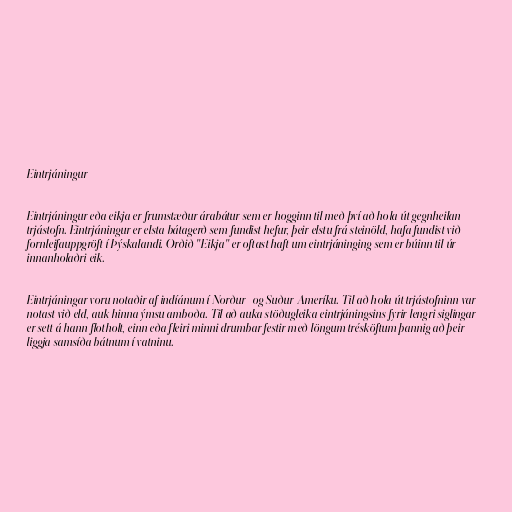
Eintrjáningur

Eintrjáningur eða eikja er frumstæður árabátur sem er hogginn til með því að hola út gegnheilan
trjástofn. Eintrjáningur er elsta bátagerð sem fundist hefur, þeir elstu frá steinöld, hafa fundist við
fornleifauppgröft í Þýskalandi. Orðið "Eikja" er oftast haft um eintrjáninging sem er búinn til úr
innanholaðri eik.

Eintrjáningar voru notaðir af indíánum í Norður- og Suður-Ameríku. Til að hola út trjástofninn var
notast við eld, auk hinna ýmsu amboða. Til að auka stöðugleika eintrjáningsins fyrir lengri siglingar
er sett á hann flotholt, einn eða fleiri minni drumbar festir með löngum trésköftum þannig að þeir
liggja samsíða bátnum í vatninu.